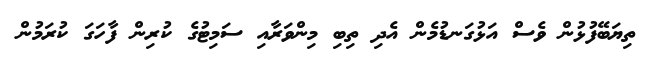
ތިޔަބޭފުޅުން ވެސް އަޅުގަނޑުމެން އެދި ތިބި މިންވަރާއި ސަމިޓުގެ ކުރިން ފާހަގަ ކުރަމުން